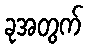
ခုအတွက်